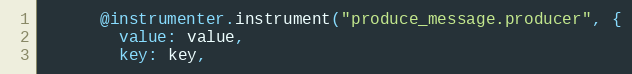
Language: Ruby
      @instrumenter.instrument("produce_message.producer", {
        value: value,
        key: key,